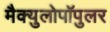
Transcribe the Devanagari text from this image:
मैक्युलोपॉपुलर